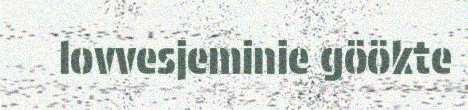
lovvesjeminie göökte